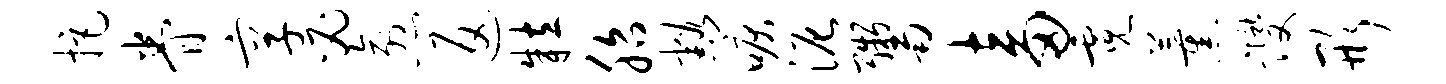
拒眷享必愈返粒胎豁唳泥鬻畜霓薰躞形